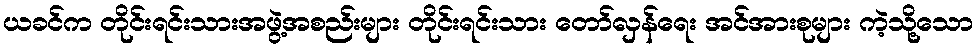
ယခင်က တိုင်းရင်းသားအဖွဲ့အစည်းများ တိုင်းရင်းသား တော်လှန်ရေး အင်အားစုများ ကဲ့သို့သော